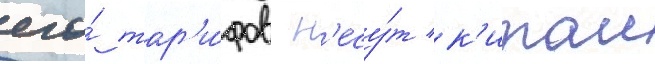
его́ тар'и́фов н'есу́т к'итаи